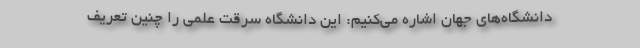
دانشگاه‌های جهان اشاره می‌کنیم: این دانشگاه سرقت علمی را چنین تعریف